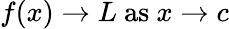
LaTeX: f(x)\to L{\mathrm{~as~}}x\to c